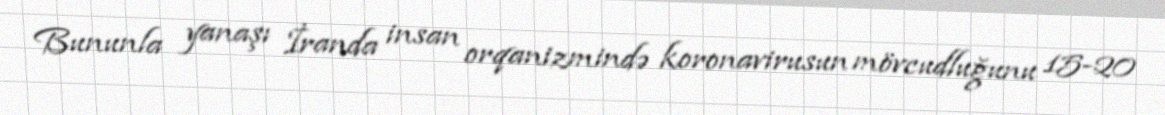
Bununla yanaşı İranda insan orqanizmində koronavirusun mövcudluğunu 15-20